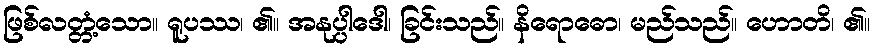
ဖြစ်လတ္တံ့သော။ ရူပဿ၊ ၏။ အနုပ္ပါဒေါ၊ ခြင်းသည်။ နိရောဓော၊ မည်သည်။ ဟောတိ၊ ၏။